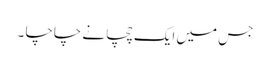
جس میں ایک چچا نے چاچا ۔